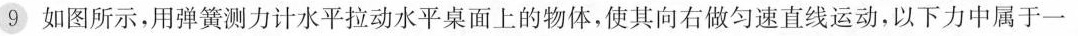
9 如图所示，用弹簧测力计水平拉动水平桌面上的物体，使其向右做匀速直线运动，以下力中属于一